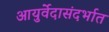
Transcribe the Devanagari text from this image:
आयुर्वेदासंदर्भात